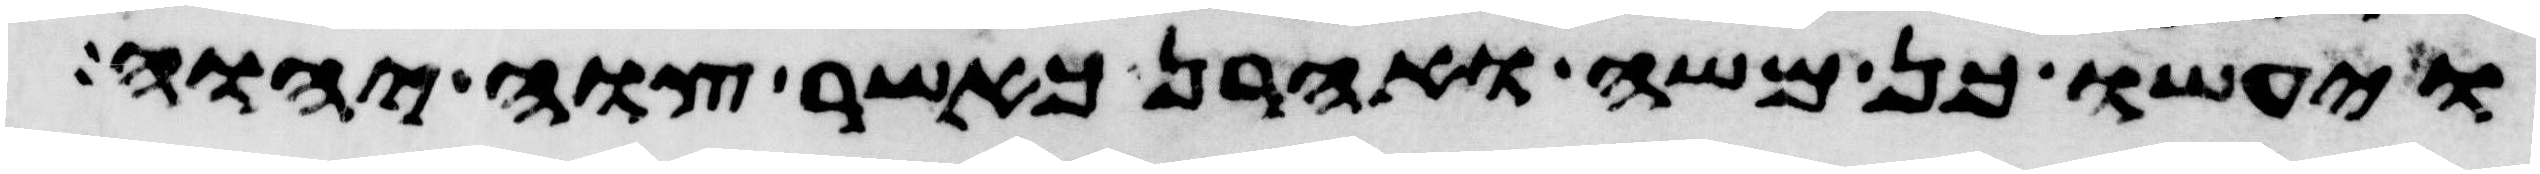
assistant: ויעשו כן משה ואהרן כאשר צוה יהוה